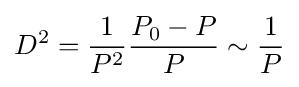
D^{2}={\frac {1}{P^{2}}}{\frac {P_{0}-P}{P}}\sim {\frac {1}{P}}